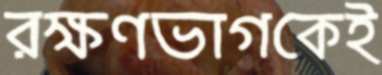
রক্ষণভাগকেই